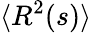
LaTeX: \langle R^{2}(s)\rangle